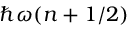
\hbar \omega ( n + 1 / 2 )